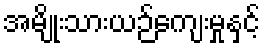
အမျိုးသားယဉ်ကျေးမှုနှင့်